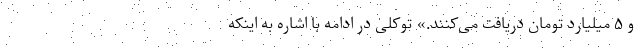
و ۵ میلیارد تومان دریافت می‌کنند.» توکلی در ادامه با اشاره به اینکه